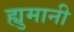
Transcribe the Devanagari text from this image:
ह्युमानी